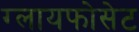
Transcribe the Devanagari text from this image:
ग्लायफोसेट